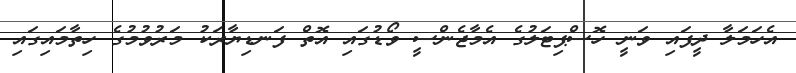
އެހަމަލާ ދީފައި ވަނީ ހޮސްޕިޓަލުގެ އެމާޖެންސީ ވޯޑުގައި އޮތް ފަނޑިޔާރަކު މަރުވުމުގެ ހިތާމައިގައި